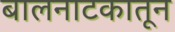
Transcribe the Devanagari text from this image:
बालनाटकातून